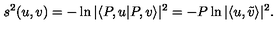
s ^ { 2 } ( u , v ) = - \ln | \langle P , u | P , v \rangle | ^ { 2 } = - P \ln | \langle u , \tilde { v } \rangle | ^ { 2 } .